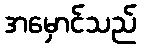
အမှောင်သည်